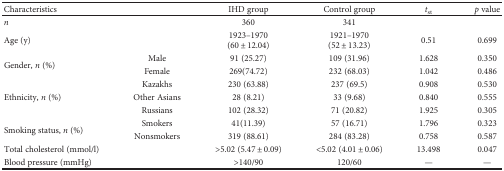
| <COLSPAN=2> Characteristics | IHD group | Control group | tst | p value |
 | --- | --- | --- | --- | --- | --- |
 | <COLSPAN=2> n | 360 | 341 |  |  |
 | <COLSPAN=2> Age (y) | 1923–1970(60 ± 12.04) | 1921–1970(52 ± 13.23) | 0.51 | 0.699 |
 | <ROWSPAN=2> Gender, n (%) | Male | 91 (25.27) | 109 (31.96) | 1.628 | 0.350 |
 | Female | 269(74.72) | 232 (68.03) | 1.042 | 0.486 |
 | <ROWSPAN=3> Ethnicity, n (%) | Kazakhs | 230 (63.88) | 237 (69.5) | 0.908 | 0.530 |
 | Other Asians | 28 (8.21) | 33 (9.68) | 0.840 | 0.555 |
 | Russians | 102 (28.32) | 71 (20.82) | 1.925 | 0.305 |
 | <ROWSPAN=2> Smoking status, n (%) | Smokers | 41(11.39) | 57 (16.71) | 1.796 | 0.323 |
 | Nonsmokers | 319 (88.61) | 284 (83.28) | 0.758 | 0.587 |
 | Total cholesterol (mmol/l) |  | >5.02 (5.47 ± 0.09) | <5.02 (4.01 ± 0.06) | 13.498 | 0.047 |
 | Blood pressure (mmHg) |  | >140/90 | 120/60 | — | — |